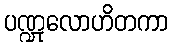
ပဏ္ဍုလောဟိတကာ